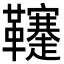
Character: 𩎅